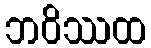
ဘဝိဿထ